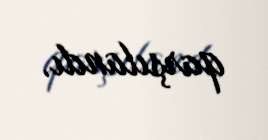
qarşılandı.